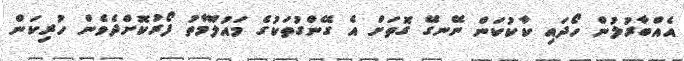
އެއްބާރުލުން ހޯދައި ކާކުކަން ނޭނގޭ ގޮތަށް އެ ގޭންގުތަކުގެ މައުލޫމާތު ފޯރުކޮށްދެވެން ހުރިކަން